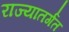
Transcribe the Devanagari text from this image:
राज्यातर्गत